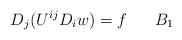
LaTeX: \begin{align*}D_j(U^{ij}D_i w)=f\quad\,\,\,\,B_1\end{align*}